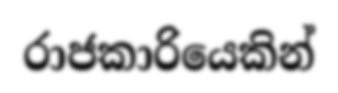
රාජකාරියෙකින්